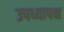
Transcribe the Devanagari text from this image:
उपध्यापक्ष